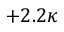
+ 2 . 2 \kappa